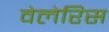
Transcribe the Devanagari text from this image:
वेलेरिस